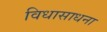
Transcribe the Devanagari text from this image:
विधासाधना